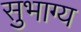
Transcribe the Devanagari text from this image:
सुभाग्य